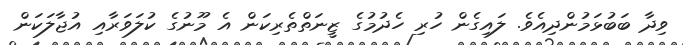
ވިދާ ބަަބުޅަމުންދިއެވެ. ލައިގެން ހުރި ހެދުމުުގެ ޒީނަތްތެރިކަން އެ މޫނުގެ ކުލަވަރާއި އުޖާލަކަން